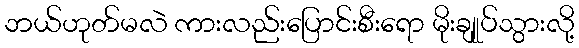
ဘယ်ဟုတ်မလဲ ကားလည်းပြောင်းစီးရော မိုးချုုပ်သွားလို့